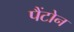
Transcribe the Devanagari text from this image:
पैंटोन